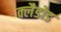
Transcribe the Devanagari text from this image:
क्लैडोड